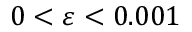
0 < \varepsilon < 0 . 0 0 1